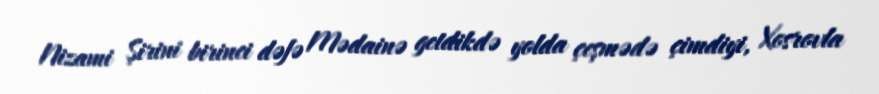
Nizami Şirini birinci dəfə Mədainə getdikdə yolda çeşmədə çimdiyi, Xosrovla